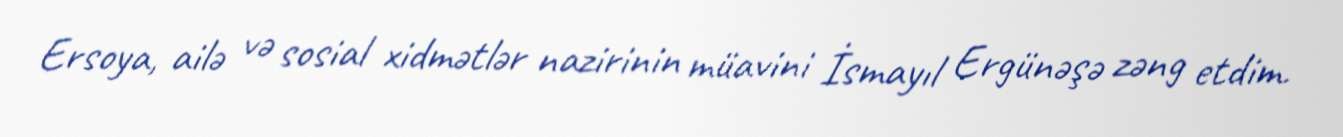
Ersoya, ailə və sosial xidmətlər nazirinin müavini İsmayıl Ergünəşə zəng etdim.